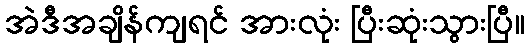
အဲဒီအချိန်ကျရင် အားလုံး ပြီးဆုံးသွားပြီ။